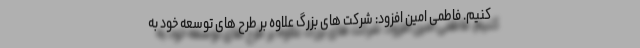
کنیم. فاطمی امین افزود: شرکت های بزرگ علاوه بر طرح های توسعه خود به